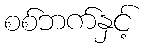
စစ်ဘက်နှင့်